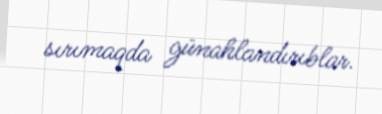
sırımaqda günahlandırıblar.